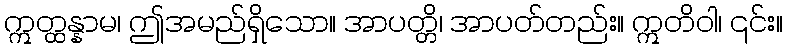
ဣတ္ထန္နာမ၊ ဤအမည်ရှိသော။ အာပတ္တိ၊ အာပတ်တည်း။ ဣတိဝါ၊ ၎င်း။